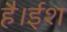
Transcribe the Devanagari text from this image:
है।ईश